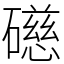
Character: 礠